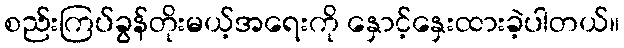
စည်းကြပ်ခွန်တိုးမယ့်အရေးကို နှောင့်နှေးထားခဲ့ပါတယ်။